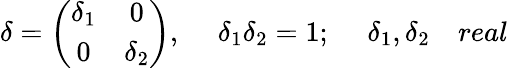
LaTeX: \delta=\left(\begin{array}{cc}{{\delta_{1}}}&{{0}}\\ {{0}}&{{\delta_{2}}}\end{array}\right),~~~~~\delta_{1}\delta_{2}=1;~~~~~\delta_{1},\delta_{2}~~~~real